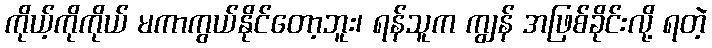
ကိုယ့်ကိုကိုယ် မကာကွယ်နိုင်တော့ဘူး၊ ရန်သူက ကျွန် အဖြစ်ခိုင်းလို့ ရတဲ့